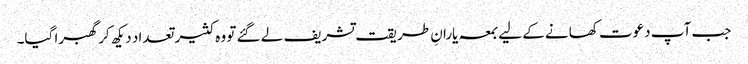
جب آپ دعوت کھانے کے لیے بمعہ یارانِ طریقت تشریف لے گئے تو وہ کثیر تعداد دیکھ کر گھبرا گیا۔